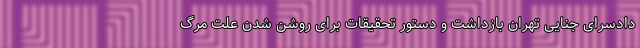
دادسرای جنایی تهران بازداشت و دستور تحقیقات برای روشن شدن علت مرگ